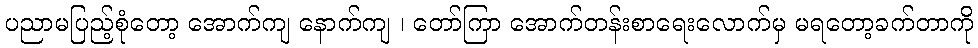
ပညာမပြည့်စုံတော့ အောက်ကျ နောက်ကျ ၊ တော်ကြာ အောက်တန်းစာရေးလောက်မှ မရတော့ခက်တာကို